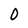
Character: O